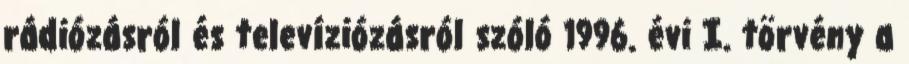
rádiózásról és televíziózásról szóló 1996. évi I. törvény a